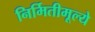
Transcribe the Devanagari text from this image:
निर्मितीमूल्ये